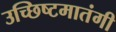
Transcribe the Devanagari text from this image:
उच्छिष्टमातंगी